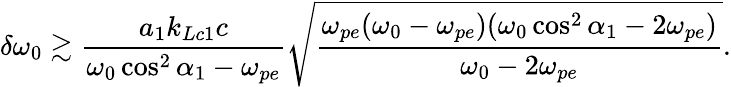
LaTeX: \delta\omega_{0}\gtrsim\frac{a_{1}k_{Lc1}c}{\omega_{0}\cos^{2}\alpha_{1}-\omega_{pe}}\sqrt{\frac{\omega_{pe}(\omega_{0}-\omega_{pe})(\omega_{0}\cos^{2}\alpha_{1}-2\omega_{pe})}{\omega_{0}-2\omega_{pe}}}.